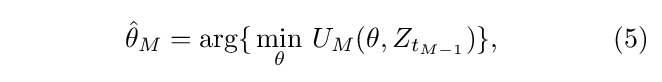
\qquad \qquad {\hat {\theta }}_{M}=\operatorname {\arg\{} {\underset {\theta }{\min }}\ U_{M}(\theta ,Z_{t_{M-1}})\},\qquad \qquad (5)